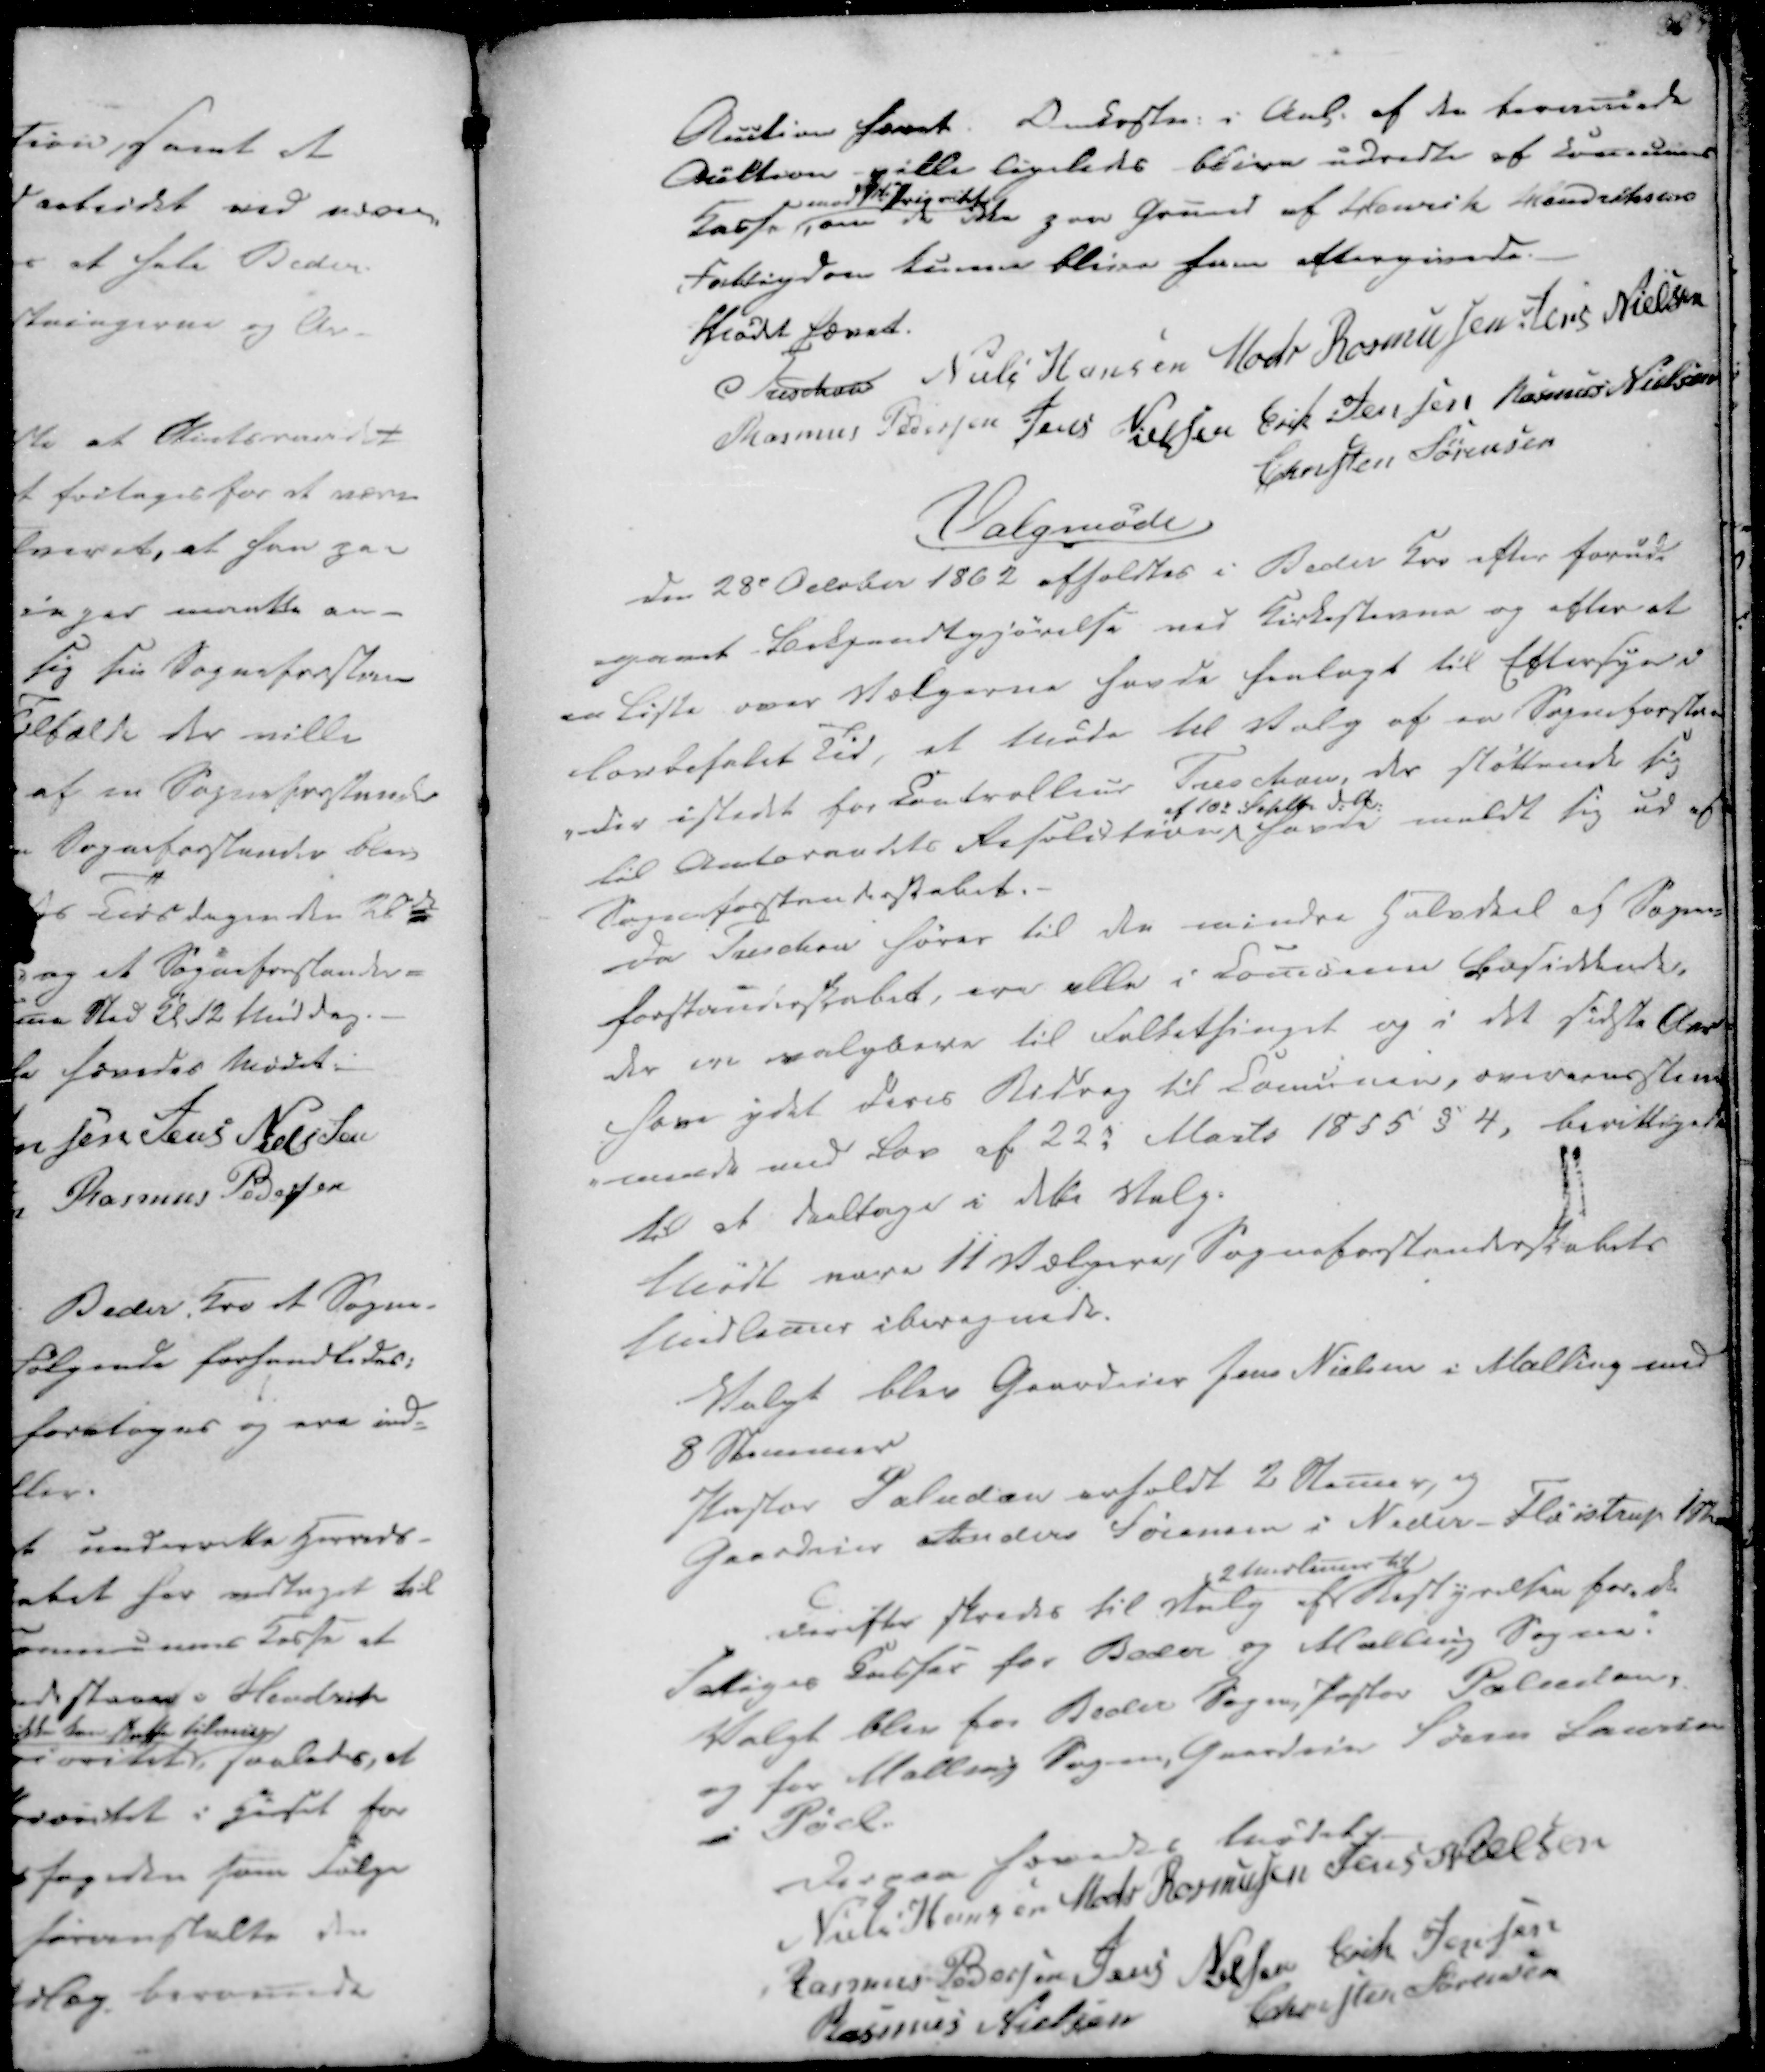
Transskription:
Auction hævet. Omkostn. i Anl. af den beramede
Auction ville ligeledes blive udredte af Comunens
Kasse
mod 1ste Prioritet
om der ikke paa Grund af Henrik Hendriksens
Fattigdom kunne blive ham eftergivede.

Mødet hævet.
Treschov
Niels Hansen
Mads Rasmussen
Jens Nielsen
Rasmus Pedersen
Jens Nielsen
Erik Jensen
Rasmus Nielsen
Christen Sørensen

Valgmøde

Den 28de October 1862 afholdtes i Beder Kro efter forud-
-gaaet Bekjendtgjørelse ved Kirkestevne og efter at
en Liste over Vælgerne havde henlagt til Eftersyn i
lovbefalet Tid, et Møde til Valg af en Sogneforsta-
-nder istedet for Controlleur Treschov, der støttende sig
til Amtsraadets Resolution
af 10de Septb. d.A.
havde meldt sig ud af
Sogneforstanderskabet.
Da Treschov hører til den mindre Halvdeel af Sogne-
forstanderskabet, ere alle i Comunen bosiddende,
der ere valgbare til Folkethinget og i det sidste Aar
have ydet deres Bidrag til Comunen, overeensstem
-mende med Lov af 22. Marts 1855 § 4, bevilligede
til at deeltage i dette Valg.

Mødt vare 11 Vælgere, Sogneforstanderskabets
Medlemer iberegnede.

Valgt blev Gaardeier Jens Nielsen i Malling med
8 Stemmer
Pastor Paludan erholdt 2 Stemer, og
Gaardeier Anders Sørensen i Neder-Fløistrup 1 Stem

Derefter skredes til Valg af
2 Medlemer til
Bestyrelsen for de
Fattiges Kasser for Beder og Malling Sogne:
Valgt blev for Beder Sogen, Pastor Paludan,
og for Malling Sogen, Gaardeier Søren Laursen
i Pøel.

Derpaa hævedes Mødet
Niels Hansen
Mads Rasmussen
Jens Nielsen
Rasmus Pedersen
Jens Nielsen
Erik Jensen
Rasmus Nielsen
Christen Sørensen